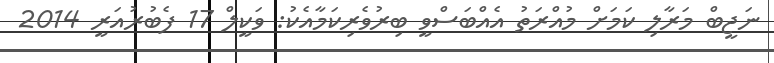
ނަޖީބް މަރާލި ކަމަށް މުއްރަތު އެއްބަސްވީ ބިރުވެރިކަމާއެކު: ވަކީލް 17 ފެބުރުއަރީ 2014